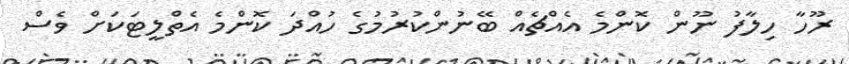
ރޫހާ ހިލާފު ނޫން ކޮންމެ އެއްޗެއް ބޭނުންކުރުމުގެ ހުއްދަ ކޮންމެ އެތްލީޓަކަށް ވެސް